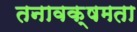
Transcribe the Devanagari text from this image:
तनावक्षमता